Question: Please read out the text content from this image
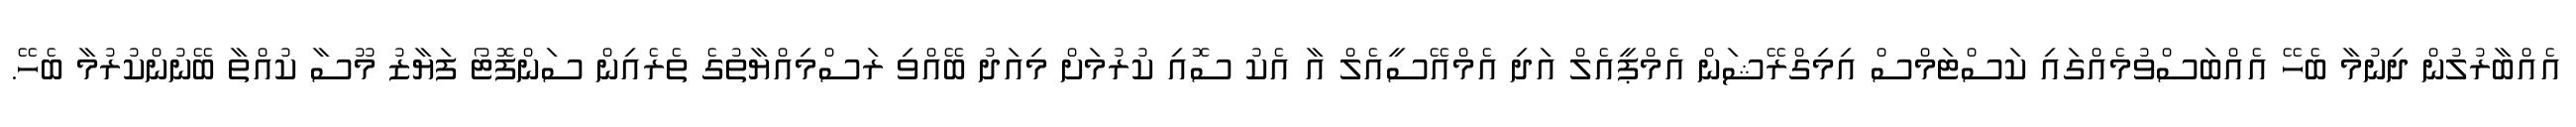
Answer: އެއްބާރުލުން ދިނުމާ ބެހޭ އެއްބަސްވުމެއްގައި ކަސްޓަމްސް އިމިގްރޭޝަން އެމްޕީއެލް އަދި އެމްއޭސީއެލް އާ އެކު ސޮއި ކުރުމަށް މިއަދު ބޭއްވި ރަސްމިއްޔާތުގެ ތެރެއިން ސަންފޮޓޯ ފަޔާޒު މޫސާ ކުއްތާ ބޭނުންކުރުމާ ބެހޭ.